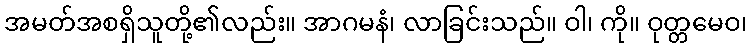
အမတ်အစရှိသူတို့၏လည်း။ အာဂမနံ၊ လာခြင်းသည်။ ဝါ၊ ကို။ ဝုတ္တမေဝ၊